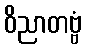
ဝိညာတဗ္ဗံ